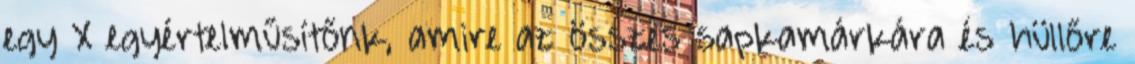
egy X egyértelműsítőnk, amire az összes sapkamárkára és hüllőre